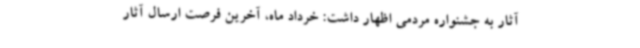
آثار به جشنواره مردمی اظهار داشت: خرداد ماه، آخرین فرصت ارسال آثار